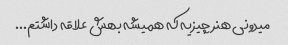
میدونی هنر چیزیه که همیشه بهش علاقه داشتم...